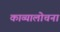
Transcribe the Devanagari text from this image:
काव्यालोचना